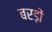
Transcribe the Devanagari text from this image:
बरड़ों